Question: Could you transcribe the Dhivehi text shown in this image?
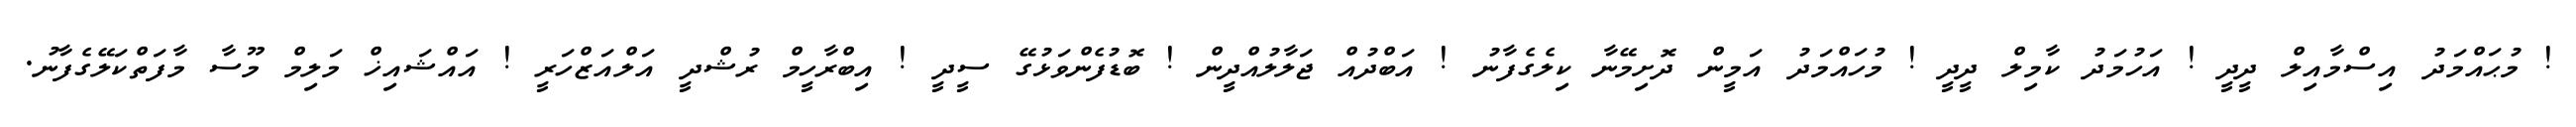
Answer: ! މުޙައްމަދު އިސްމާއިލް ދީދީ ! އަހުމަދު ކާމިލް ދީދީ ! މުހައްމަދު އަމީން ދޮށިމޭނާ ކިލެގެފާނު ! އަބްދުއް ޖަލާލުއްދީން ! ބޮޑުފެންވަޅުގޭ ސީދީ ! އިބްރާހީމް ރުޝްދީ އަލްއަޒްހަރީ ! އައްޝައިޚް މަލިމް މޫސާ މާފަތްކަލޭގެފާނު.